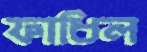
ফাধিল